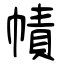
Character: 幘